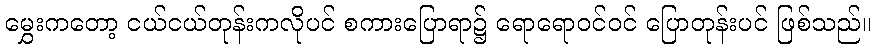
မွှေးကတော့ ငယ်ငယ်တုန်းကလိုပင် စကားပြောရာ၌ ရောရောဝင်ဝင် ပြောတုန်းပင် ဖြစ်သည်။